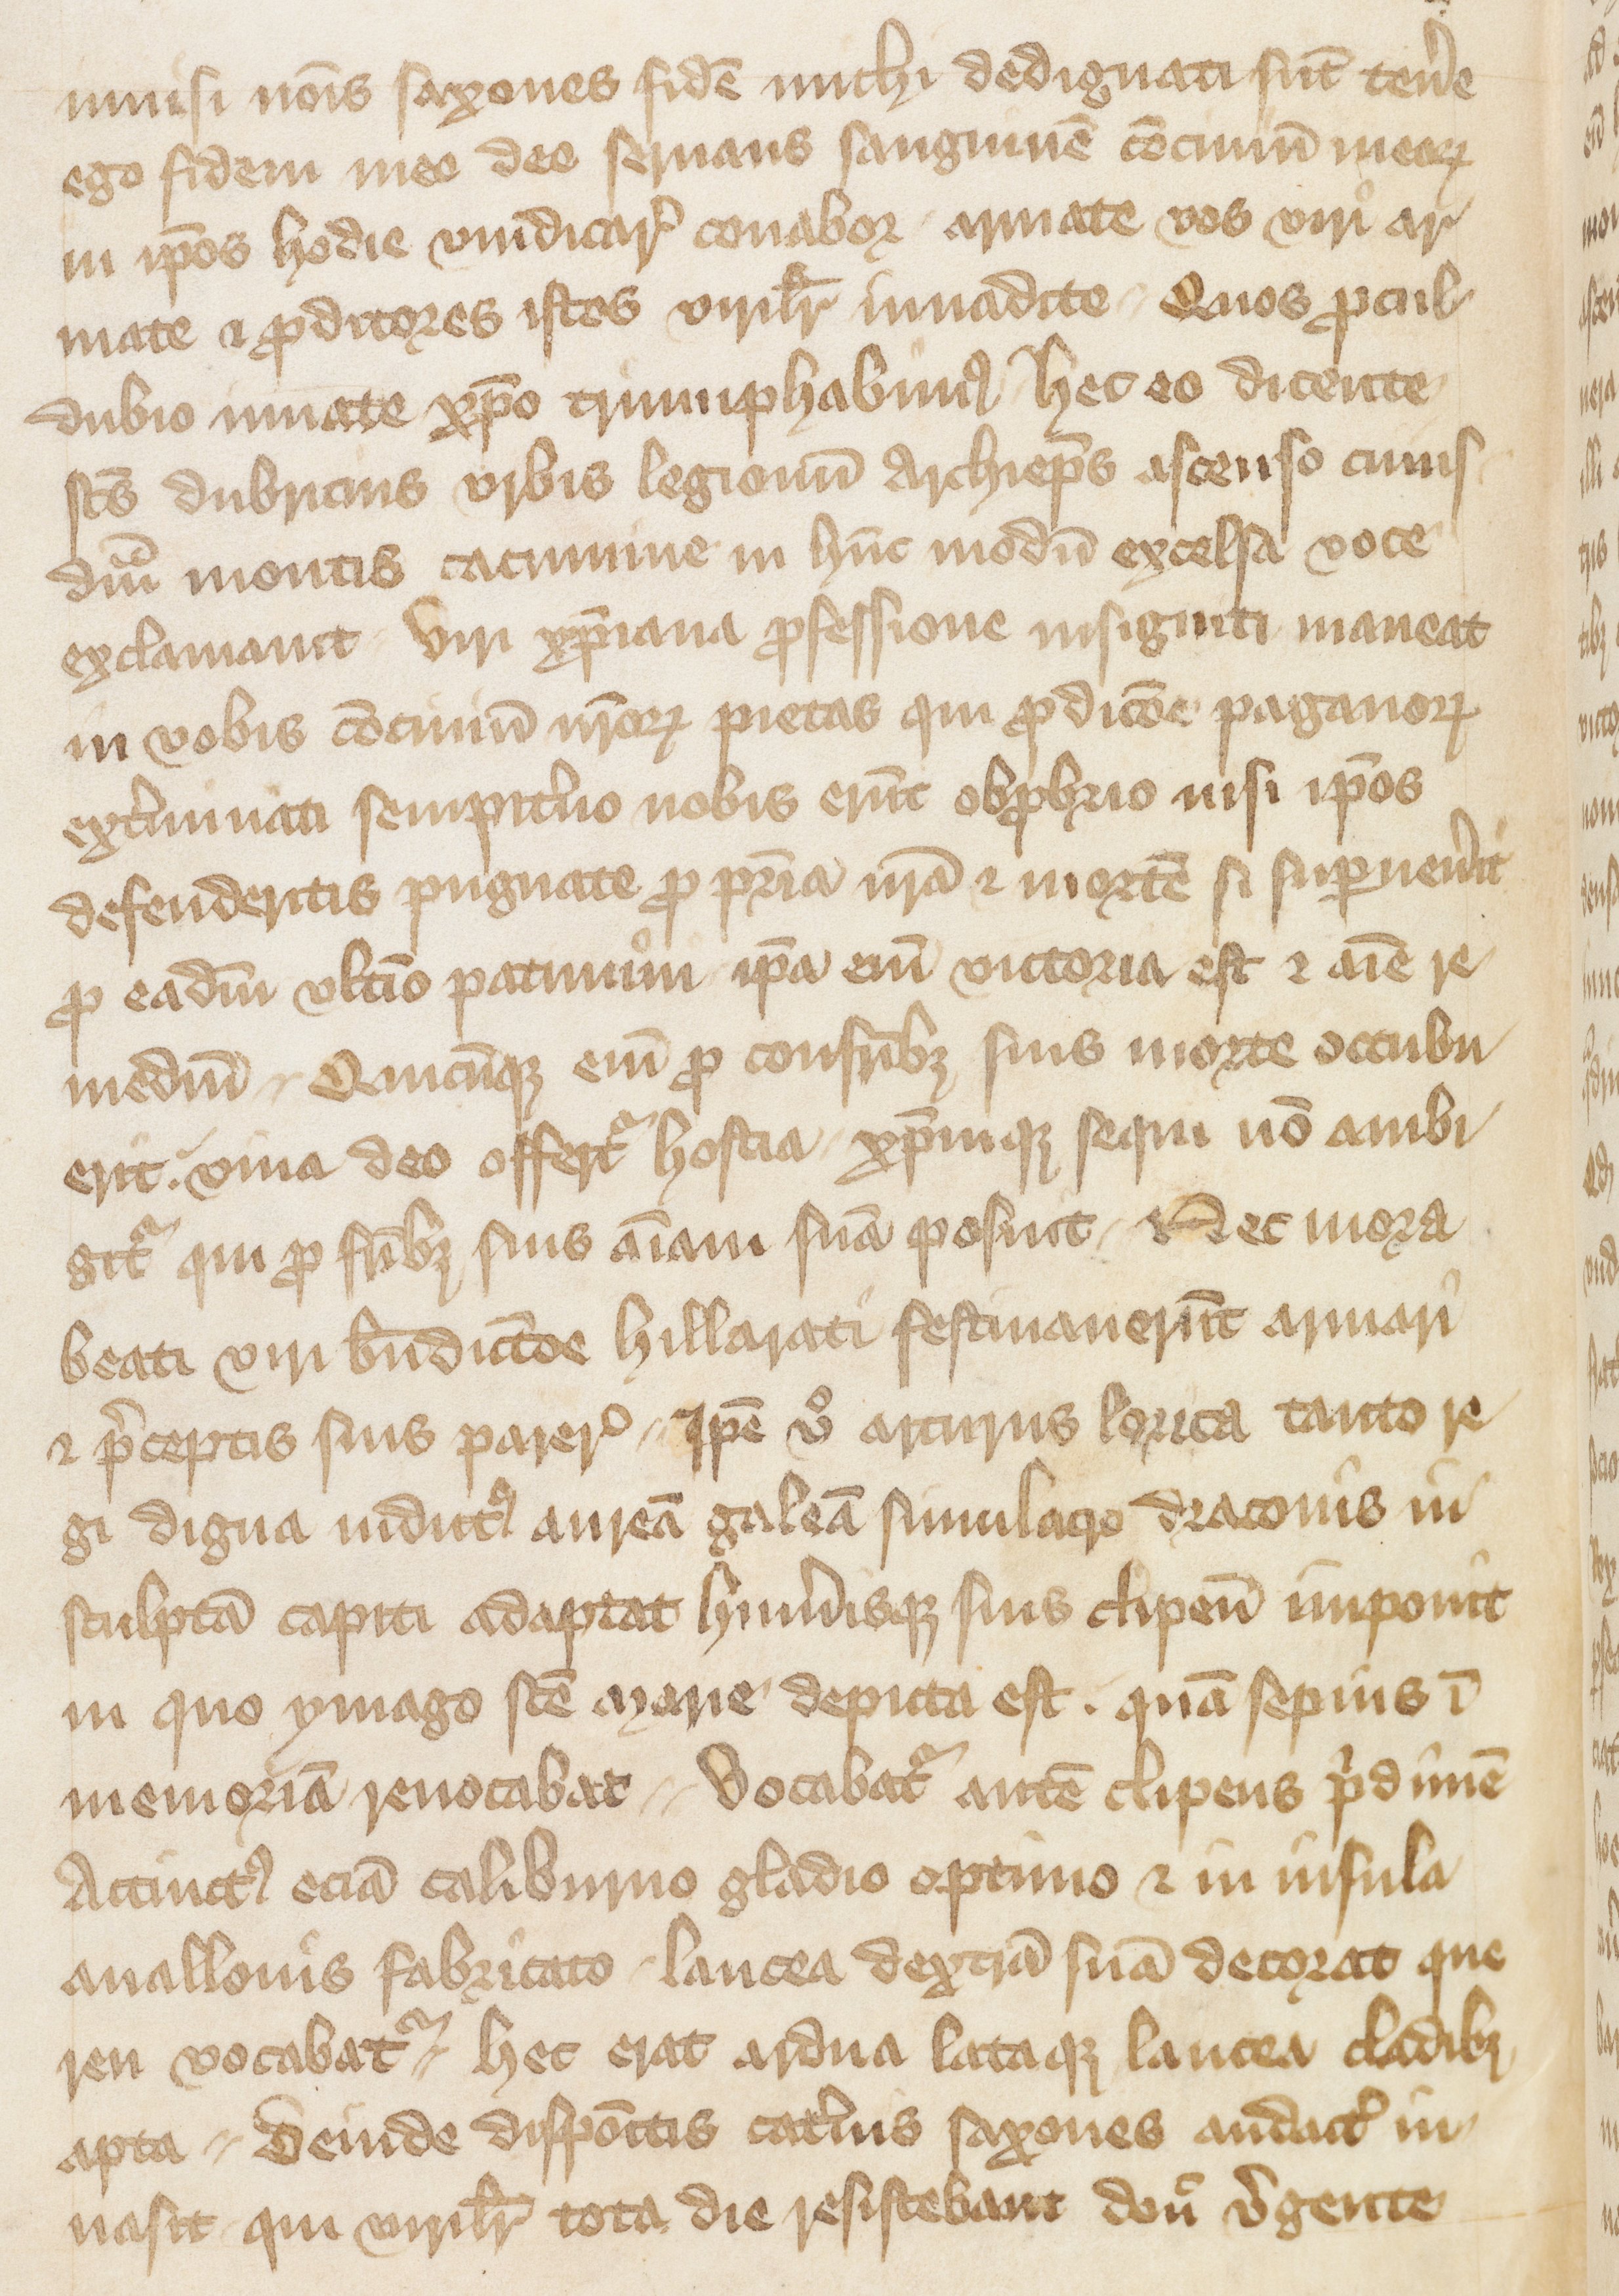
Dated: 1400–1499